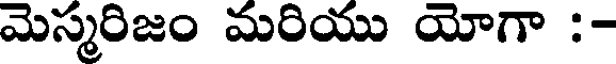
మెస్మరిజం మరియు యోగా :-